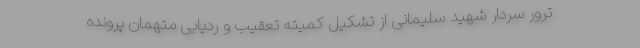
ترور سردار شهید سلیمانی از تشکیل کمیته تعقیب و ردیابی متهمان پرونده